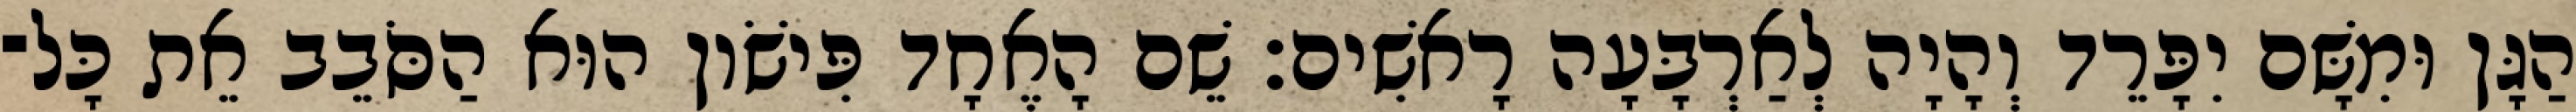
הַגָּן וּמִשָּׁם יִפָּרֵד וְהָיָה לְאַרְבָּעָה רָאשִׁים׃ שֵׁם הָאֶחָד פִּישֹׁון הוּא הַסֹּבֵב אֵת כָּל־